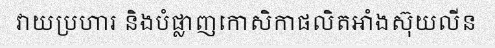
វាយប្រហារ និងបំផ្លាញកោសិកាផលិតអាំងស៊ុយលីន